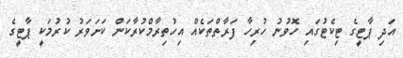
އަދި ޕާޓީގެ ޓިކެޓުގައި ހޮވުނު ހުރިހާ ފަރާތްތަކެއް އިހުތިރާމްކުރާކަން ކަށަވަރު ކުރުމަކީ ޕާޓީގެ